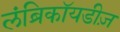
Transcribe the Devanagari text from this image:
लंब्रिकॉयडीज़